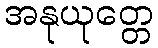
အနုယုတ္တေ